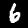
Label: 6